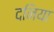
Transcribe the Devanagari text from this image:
दनिया